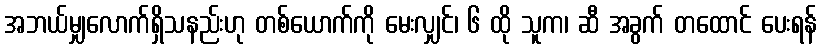
အဘယ်မျှလောက်ရှိသနည်းဟု တစ်ယောက်ကို မေးလျှင်၊ ၆ ထို သူက၊ ဆီ အခွက် တထောင် ပေးရန်